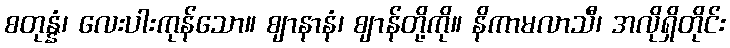
စတုန္နံ၊ လေးပါးကုန်သော။ ဈာနာနံ၊ ဈာန်တို့ကို။ နိကာမလာသီ၊ အလိုရှိတိုင်း